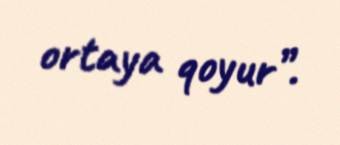
ortaya qoyur”.